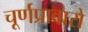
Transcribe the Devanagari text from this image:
चूर्णप्रावारो